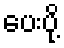
ပေးပို့